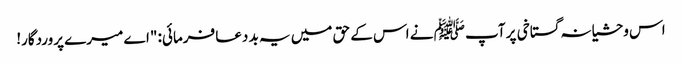
اس وحشیانہ گستاخی پر آپ ﷺ نے اس کے حق میں یہ بد دعا فرمائی: "اے میرے پروردگار!